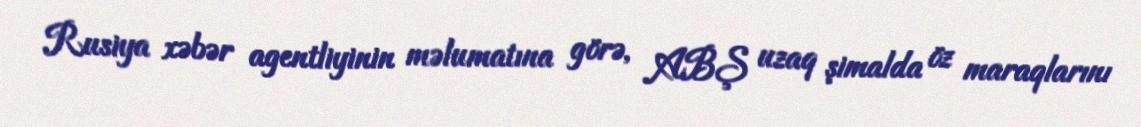
Rusiya xəbər agentliyinin məlumatına görə, ABŞ uzaq şimalda öz maraqlarını